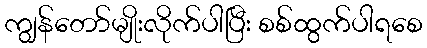
ကျွန်တော်မျိုးလိုက်ပါပြီး စစ်ထွက်ပါရစေ